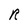
Character: R